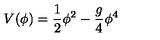
V ( \phi ) = \frac { 1 } { 2 } \phi ^ { 2 } - \frac { g } { 4 } \phi ^ { 4 }